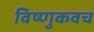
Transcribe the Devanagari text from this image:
विष्णुकवच